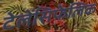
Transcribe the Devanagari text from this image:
टेलेंसिफेलिक